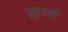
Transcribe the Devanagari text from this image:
रहमतों